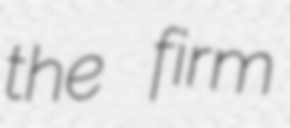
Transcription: the firm